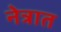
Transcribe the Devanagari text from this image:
नेत्रात